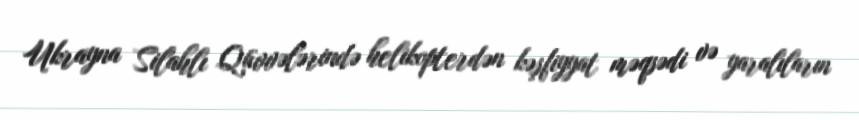
Ukrayna Silahlı Qüvvələrində helikopterdən kəşfiyyat məqsədi və yaralıların